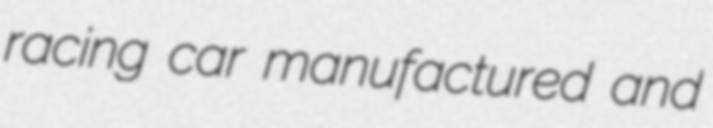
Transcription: racing car manufactured and